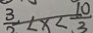
\frac { 3 } { 2 } < x < \frac { 1 0 } { 3 }